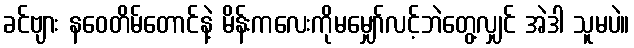
ခင်ဗျား နဝေတိမ်တောင်နဲ့ မိန်းကလေးကိုမမျှော်လင့်ဘဲတွေ့လျှင် အဲဒါ သူမပဲ။